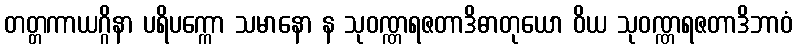
တတ္တကာယဂ္ဂိနာ ပရိပက္ကော သမာနော န သုဝဏ္ဏရဇတာဒိဓာတုယော ဝိယ သုဝဏ္ဏရဇတာဒိဘာဝံ